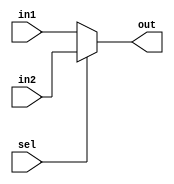
module mux32bit2to1( in1, in2, sel, out);
input [31:0]in1, in2;
input sel;
output reg [31:0]out;

always @(in1 or in2 or sel)
begin

if(sel) 
out = in2;
else
out = in1;
end

endmodule